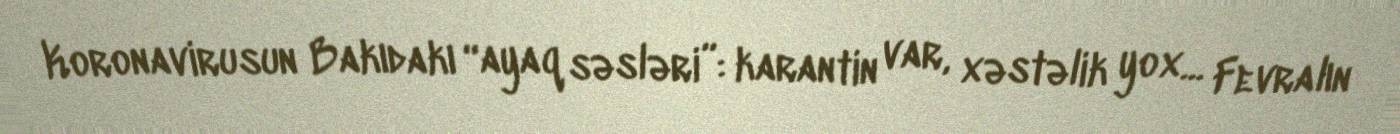
Koronavirusun Bakıdakı “ayaq səsləri”: karantin var, xəstəlik yox... Fevralın